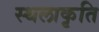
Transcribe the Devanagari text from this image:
स्‍थलाकृति